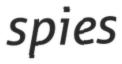
spies